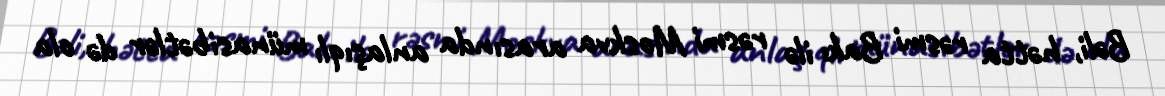
Bəli, hətta rəsmi Bakı ilə rəsmi Moskva arasında anlaşıqlı münasibətlər də ola